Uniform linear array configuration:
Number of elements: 32
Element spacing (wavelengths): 0.25
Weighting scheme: hann
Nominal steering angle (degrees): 0
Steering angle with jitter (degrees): -1.997
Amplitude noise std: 0.05
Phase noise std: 0.05

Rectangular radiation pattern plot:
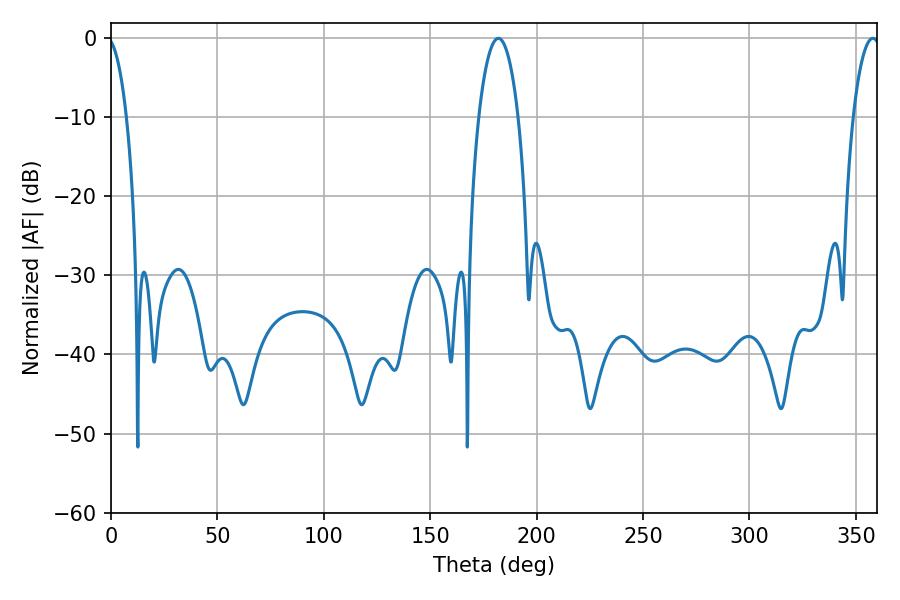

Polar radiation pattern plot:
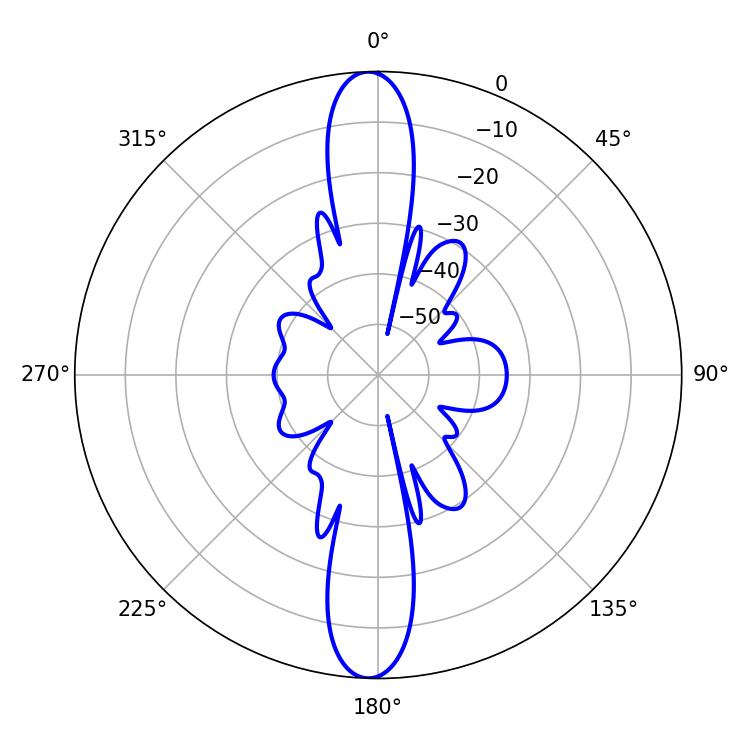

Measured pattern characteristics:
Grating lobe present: FALSE
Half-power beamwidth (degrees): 10.44
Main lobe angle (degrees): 181.98